Medical and sanitary report of the native army of Bengal for the year
Year: 1877
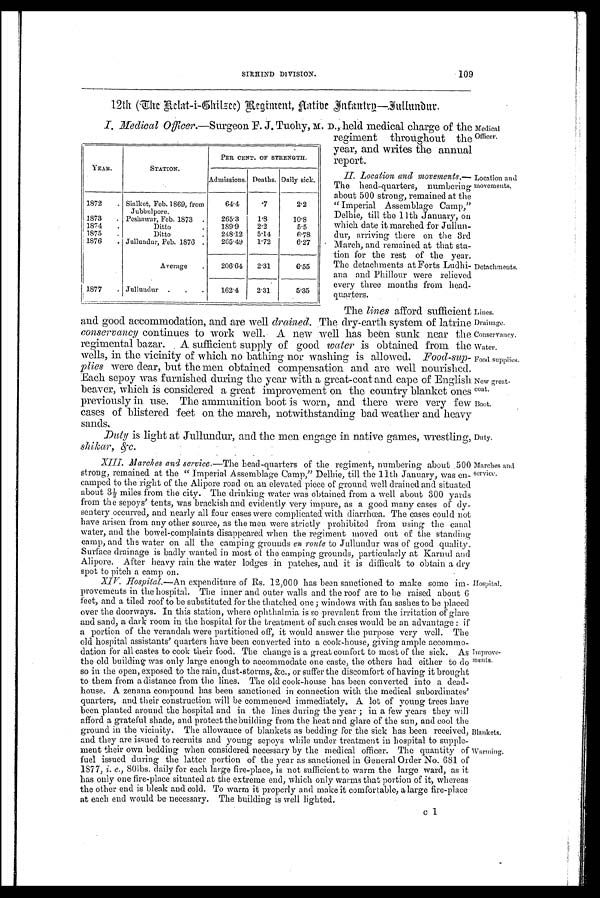
Medical
Officer.
Location and
movements.
Detachments.
Lines.
Drainage.
Conservancy.
Water.
Food supplies.
New great
coat.
Boot.
Duty.
Marches and
service.
Hospital.
Improve-
ments.
Blankets.
Warming.
SIRHIND DIVISION.
109
12th (The Eclat-i-Chilsee) Regiment, Aatibe Infantry—Iullundur.
I. Medical Officer.—Surgeon F.J. Tuohy, M. D., held medical charge of the
regiment throughout the
year, and writes the annual
report.
II. Location and movements.—
The head-quarters, numbering
about 500 strong, remained at the
"Imperial Assemblage Camp,"
Delhie, till the 11th January, on
which date it marched for Jullun-
dur, arriving there on the 3rd
March, and remained at that sta
t i o n f o r t h e r e s t o f t h e y e a r .
The detachments at Forts Ludhi
ana and Phillour were relieved
every three months from head
quarters.
The lines afford sufficient
and good accommodation, and are well drained. The dry-earth system of latrine
conservancy continues to work well. A new well has been sunk near the
regimental bazar. A sufficient supply of good water is obtained from the
wells, in the vicinity of which no bathing nor washing is allowed. Food-sup
plies were dear, but the men obtained compensation and are well nourished.
Each sepoy was furnished during the year with a great-coat and cape of English
beaver, which is considered a great improvement on the country blanket ones
previously in use. The ammunition boot is worn, and there were very few
cases of blistered feet on the march, notwithstanding bad weather and heary
sands.
Duty is light at Jullundur, and the men engage in native games, wrestling
shikar, &c.
XIII. Marches and service.—The head-quarters of the regiment, numbering about 500
strong, remained at the "Imperial Assemblage Camp," Delhie, till the 11th January, was en
camped to the right of the Alipore road on an elevated piece of ground well drained and situated
about 3½ miles from the city. The drinking water was obtained from a well about 300 yard
from the sepoys' tents, was brackish and evidently very impure, as a good many cases of dy
sentery occurred, and nearly all four cases were complicated with diarrhœa. The cases could not
have arisen from any other source, as the men were strictly prohibited from using the canal
water, and the bowel-complaints disappeared when the regiment moved out of the standing
camp, and the water on all the camping grounds en route to Jullundur was of good quality.
Surface drainage is badly wanted in most of the camping grounds, particularly at Karnul and
Alipore. After heavy rain the water lodges in patches, and it is difficult to obtain a dry
spot to pitch a camp on.
XIV. Hospital.—An expenditure of Rs. 12,000 has been sanctioned to make some im
provements in the hospital. The inner and outer walls and the roof are to be raised about
6 feet, and a tiled roof to be substituted for the thatched one; windows with fan sashes to be placed
over the doorways. In this station, where ophthalmia is so prevalent from the irritation of glare
and sand, a dark room in the hospital for the treatment of such cases would be an advantage: if
a portion of the verandah were partitioned off, it would answer the purpose very well. The
old hospital assistants' quarters have been converted into a cook-house, giving ample accommo-
dation for all castes to cook their food. The change is a great comfort to most of the sick. As
the old building was only large enough to accommodate one caste, the others had either to do
so in the open, exposed to the rain, dust-storms, &c., or suffer the discomfort of having it brought
to them from a distance from the lines. The old cook-house has been converted into a dead-
house. A zenana compound has been sanctioned in connection with the medical subordinates
quarters, and their construction will be commenced immediately. A lot of young trees have
been planted around the hospital and in the lines during the year; in a few years they will
afford a grateful shade, and protect the building from the heat and glare of the sun, and cool the
ground in the vicinity. The allowance of blankets as bedding for the sick has been received,
and they are issued to recruits and young sepoys while under treatment in hospital to supple-
ment their own bedding when considered necessary by the medical officer. The quantity of
fuel issued during the latter portion of the year as sanctioned in General Order No. 681 of
1877, i.e., 80lbs. daily for each large fire-place, is not sufficient to warm the large ward, as it
has only one fire-place situated at the extreme end, which only warms that portion of it, whereas
the other end is bleak and cold. To warm it properly and make it comfortable, a large fire-place
at each end would be necessary. The building is well lighted.
YEAR.
STATION.
PER CENT. OF STRENGTH.
Admissions. Deaths. Daily sick.
1872
Sialkot, Feb. 1869, from
Jubbulpore.
64.4
.7
2.2
1873
Peshawar, Feb. 1873
265.3
1.8
10.8
1874
Ditto
189.9
2.2
5.5
1875
Ditto
248.12
5 . 14
6.78
1876
Jullundur, Feb. 1876
265.49
1.72
6.27
Average
206.64
2.31
6.55
1877
Jullundur
162.4
2.31
5.35
c 1